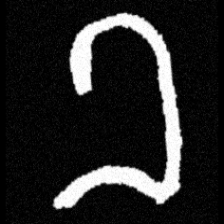
Pyu character \u2014 Myanmar letter: ခ (romanized: kha)